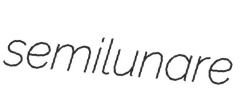
semilunare